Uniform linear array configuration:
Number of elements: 32
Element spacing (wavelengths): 0.25
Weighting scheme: cosine
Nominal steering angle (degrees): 60
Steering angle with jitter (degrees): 61.559
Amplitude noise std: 0.05
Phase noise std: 0.05

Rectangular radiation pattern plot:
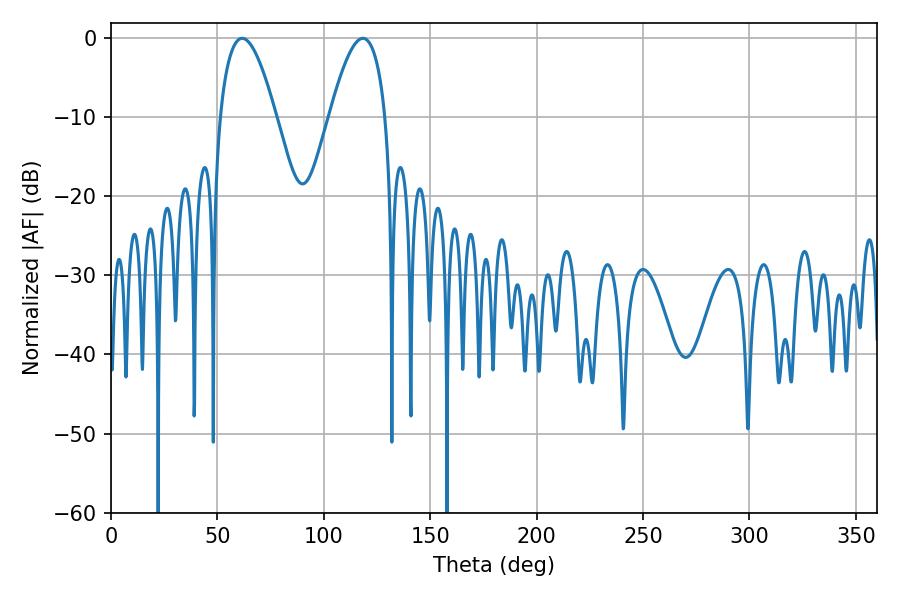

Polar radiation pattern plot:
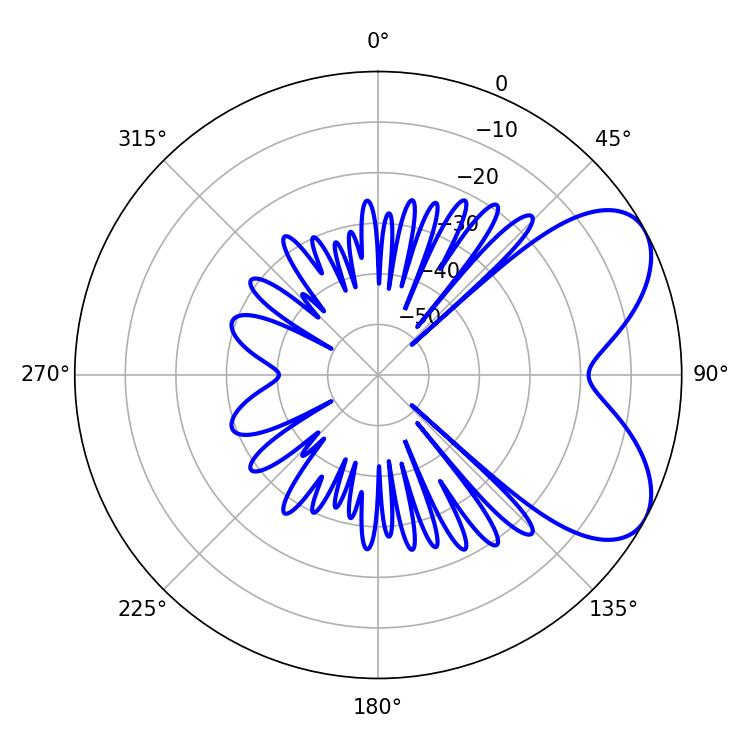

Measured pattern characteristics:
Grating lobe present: FALSE
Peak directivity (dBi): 6.129
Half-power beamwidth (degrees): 14.4
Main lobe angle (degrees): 61.56